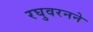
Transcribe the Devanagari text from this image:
रघुवरनने